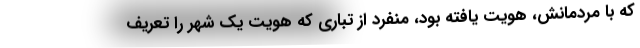
كه با مردمانش، هويت يافته بود، منفرد از تباري كه هويت يك شهر را تعريف